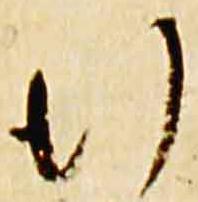
行